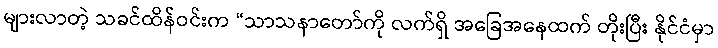
များလာတဲ့ သခင်ထိန်ဝင်းက “သာသနာတော်ကို လက်ရှိ အခြေအနေထက် တိုးပြီး နိုင်ငံမှာ